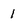
Character: I